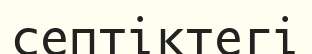
септіктегі